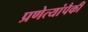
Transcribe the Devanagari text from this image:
प्रणेत्यांपैकी